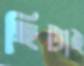
ছিটাই